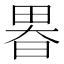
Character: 𤲉